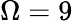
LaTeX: \Omega=9